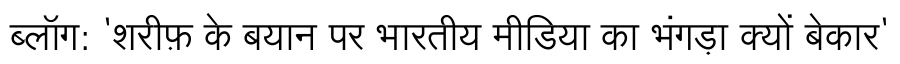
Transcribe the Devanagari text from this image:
ब्लॉग: 'शरीफ़ के बयान पर भारतीय मीडिया का भंगड़ा क्यों बेकार'